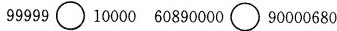
99999\circ10000 60890000\circ 90000680